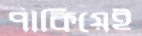
পাকিয়েই